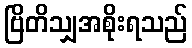
ဗြိတိသျှအစိုးရသည်